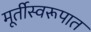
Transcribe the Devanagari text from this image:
मूर्तीस्वरूपात